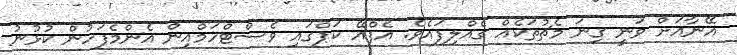
އޭނާއަށް ވަނީ ގިނަ މެޗުތަކެއް ގެއްލިފައެވެ. އެފްއޭ ކަޕްގައި ވެސްޓްހަމްއިން އެންމެފަހުން ކުޅުނު